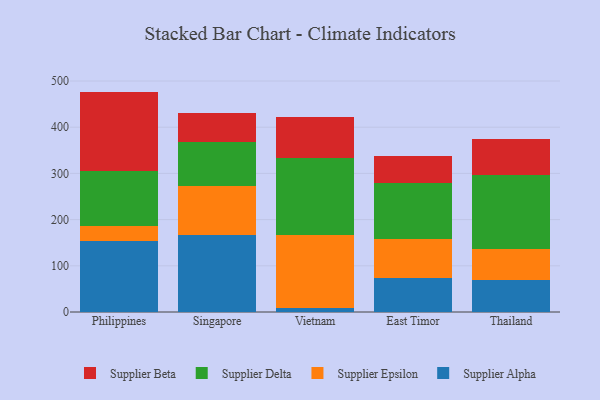
{"axis": {"x": "Country", "y": "Customer Acquisition Cost (USD)"}, "legend": ["Supplier Alpha", "Supplier Beta", "Supplier Delta", "Supplier Epsilon"], "data": [{"x": "Philippines", "y": 154.5, "type": "Supplier Alpha"}, {"x": "Philippines", "y": 30.6, "type": "Supplier Epsilon"}, {"x": "Philippines", "y": 119.8, "type": "Supplier Delta"}, {"x": "Philippines", "y": 172.2, "type": "Supplier Beta"}, {"x": "Singapore", "y": 167.7, "type": "Supplier Alpha"}, {"x": "Singapore", "y": 104.9, "type": "Supplier Epsilon"}, {"x": "Singapore", "y": 94.6, "type": "Supplier Delta"}, {"x": "Singapore", "y": 63.6, "type": "Supplier Beta"}, {"x": "Vietnam", "y": 9.1, "type": "Supplier Alpha"}, {"x": "Vietnam", "y": 157.6, "type": "Supplier Epsilon"}, {"x": "Vietnam", "y": 167.3, "type": "Supplier Delta"}, {"x": "Vietnam", "y": 88.7, "type": "Supplier Beta"}, {"x": "East Timor", "y": 73.2, "type": "Supplier Alpha"}, {"x": "East Timor", "y": 85.6, "type": "Supplier Epsilon"}, {"x": "East Timor", "y": 119.4, "type": "Supplier Delta"}, {"x": "East Timor", "y": 59.4, "type": "Supplier Beta"}, {"x": "Thailand", "y": 69.2, "type": "Supplier Alpha"}, {"x": "Thailand", "y": 67.9, "type": "Supplier Epsilon"}, {"x": "Thailand", "y": 158.4, "type": "Supplier Delta"}, {"x": "Thailand", "y": 78.7, "type": "Supplier Beta"}]}